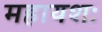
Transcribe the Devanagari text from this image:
महायशः